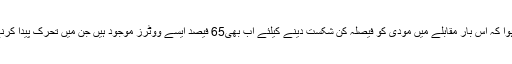
تاہم اس کا مطلب یہ ہوا کہ اس بار مقابلے میں مودی کو فیصلہ کن شکست دینے کیلئے اب بھی65 فیصد ایسے ووٹرز موجود ہیں جن میں تحرک پیدا کرنے کی ضرورت ہے۔